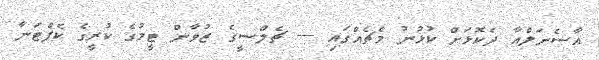
އާސެނަލްއާ ދެކޮޅަށް ކުޅުނު މެޗެއްގައި --- ޗެލްސީގެ ޒުވާން ޓީމުގެ ކުރީގެ ކެޕްޓަނާ